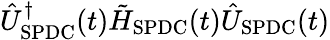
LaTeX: \hat{U}_{\mathrm{SPDC}}^{\dagger}(t)\tilde{H}_{\mathrm{SPDC}}(t)\hat{U}_{\mathrm{SPDC}}(t)